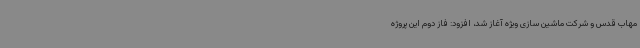
مهاب قدس و شرکت ماشین سازی ویژه آغاز شد، افزود: فاز دوم این پروژه